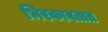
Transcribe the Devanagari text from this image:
भिरकावतात